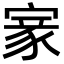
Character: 𡩵